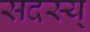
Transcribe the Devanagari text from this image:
सदस्य्